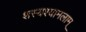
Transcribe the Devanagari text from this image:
शस्यश्यामलाम्